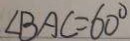
\angle B A C = 6 0 ^ { \circ }